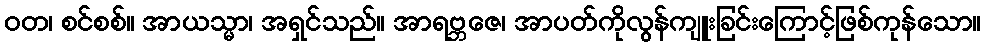
ဝတ၊ စင်စစ်။ အာယသ္မာ၊ အရှင်သည်။ အာရဗ္ဘဇေ၊ အာပတ်ကိုလွန်ကျူးခြင်းကြောင့်ဖြစ်ကုန်သော။